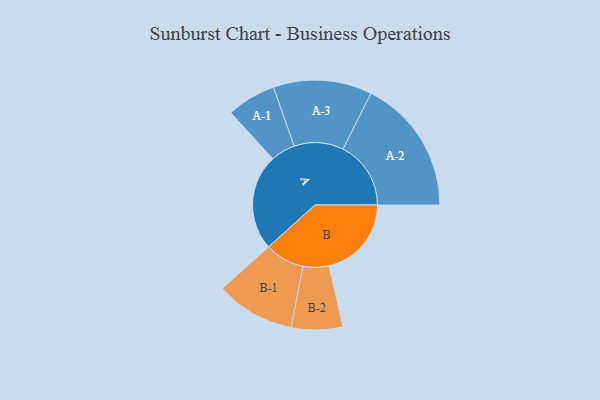
{"axis": {"x": "Segment", "y": "Value"}, "legend": ["", "A", "B"], "data": [{"x": "A", "y": 414, "type": ""}, {"x": "B", "y": 356, "type": ""}, {"x": "A-1", "y": 106, "type": "A"}, {"x": "A-2", "y": 293, "type": "A"}, {"x": "A-3", "y": 213, "type": "A"}, {"x": "B-1", "y": 171, "type": "B"}, {"x": "B-2", "y": 111, "type": "B"}]}